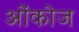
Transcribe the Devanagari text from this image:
ओंकोज